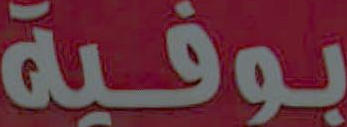
بوفية